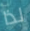
لذا